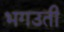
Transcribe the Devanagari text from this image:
भगउती